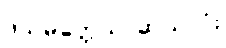
ဒသမတ္တေသု၊ ဆယ်လုံး